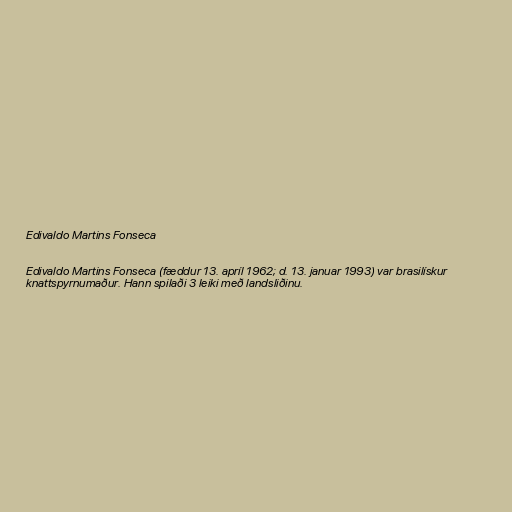
Edivaldo Martins Fonseca

Edivaldo Martins Fonseca (fæddur 13. apríl 1962; d. 13. januar 1993) var brasilískur
knattspyrnumaður. Hann spilaði 3 leiki með landsliðinu.